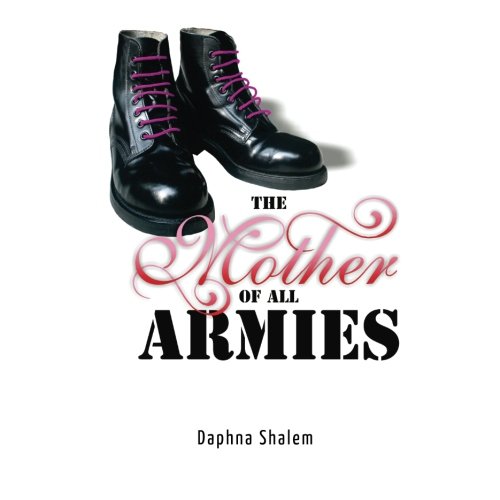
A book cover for The Mother of All Armies; Daphna Shalem; Parenting & Relationships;